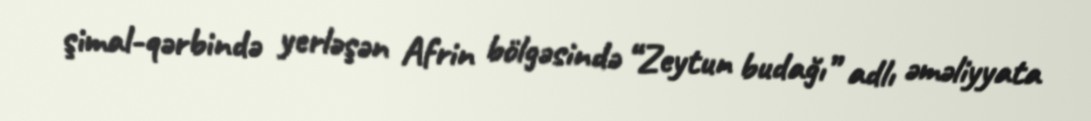
şimal-qərbində yerləşən Afrin bölgəsində “Zeytun budağı” adlı əməliyyata